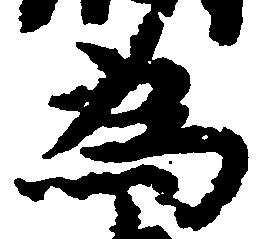
為